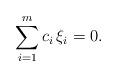
LaTeX: \begin{align*} \sum_{i=1}^m c_i \, \xi_i = 0. \end{align*}